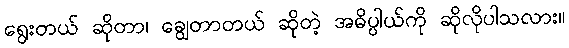
ရွေးတယ် ဆိုတာ၊ ချွေတာတယ် ဆိုတဲ့ အဓိပ္ပါယ်ကို ဆိုလိုပါသလား။